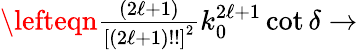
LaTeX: \begin{array}{rlr}{\lefteqn{\frac{(2\ell+1)}{\left[(2\ell+1)!!\right]^{2}}k_{0}^{2\ell+1}\cot\delta\rightarrow}}\end{array}